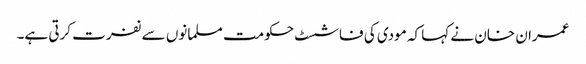
عمران خان نے کہا کہ مودی کی فاشسٹ حکومت مسلمانوں سے نفرت کرتی ہے۔